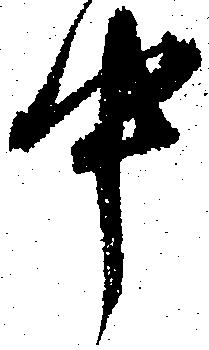
中